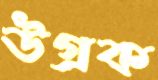
উগ্‌রক